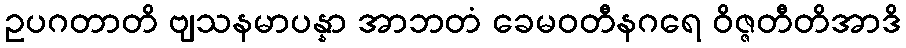
ဥပဂတာတိ ဗျသနမာပန္နာ အာဘတံ ခေမဝတီနဂရေ ဝိဇ္ဇတီတိအာဒိ